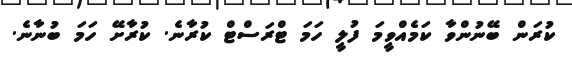
ކުރަން ބޭނުންވާ ކަމެއްވީމަ ފުލީ ހަމަ ޓްރަސްޓް ކުރާނެ. ކުރާށޭ ހަމަ ބުނާނެ.